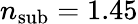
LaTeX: n_{\mathrm{sub}}=1.45